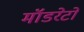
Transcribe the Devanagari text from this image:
मॉडरेटों